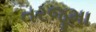
તરજૂમા